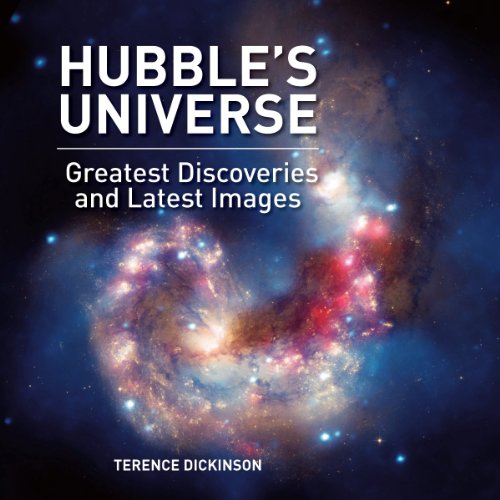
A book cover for Hubble's Universe: Greatest Discoveries and Latest Images; Terence Dickinson; Science & Math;